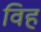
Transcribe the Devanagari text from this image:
विह